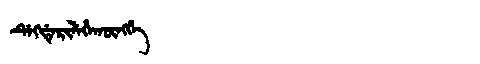
Manchu: ᡩᡝᡴᡩᡝᡵᡳᠯᡝᡥᠠᡴᡡᠩᡤᡝ
Romanization: DEKDERILEHAKŪNGGE